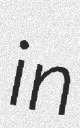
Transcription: in